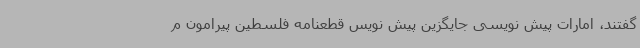
گفتند، امارات پیش نویسی جایگزین پیش نویس قطعنامه فلسطین پیرامون م